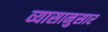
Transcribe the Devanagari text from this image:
व्यासानुसार